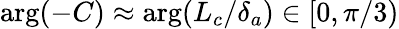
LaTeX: \arg(-C)\approx\arg(L_{c}/\delta_{a})\in[0,\pi/3)